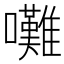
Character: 𡅧